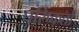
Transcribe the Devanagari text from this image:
परिष्कर्ता